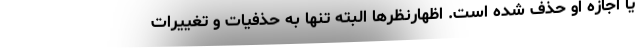
یا اجازه او حذف شده است. اظهارنظرها البته تنها به حذفیات و تغییرات